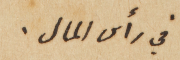
في رأس المال.